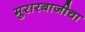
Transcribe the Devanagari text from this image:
मुरारबाजीचा